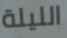
الليلة